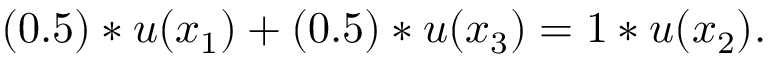
( 0 . 5 ) * u ( x _ { 1 } ) + ( 0 . 5 ) * u ( x _ { 3 } ) = 1 * u ( x _ { 2 } ) .